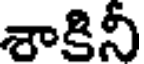
శాకినీ